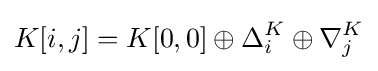
K[i,j]=K[0,0]\oplus \Delta _{i}^{K}\oplus \nabla _{j}^{K}